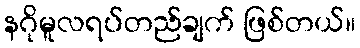
နဂိုမူလရပ်တည်ချက် ဖြစ်တယ်။